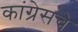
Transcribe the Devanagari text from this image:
कांग्रेसचे